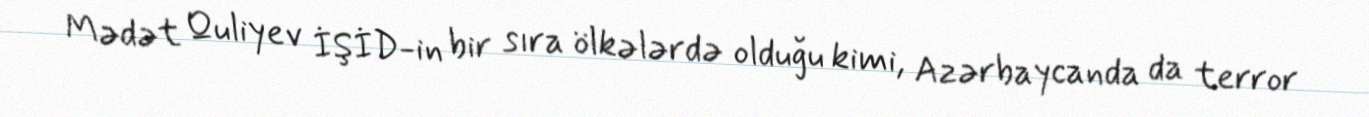
Mədət Quliyev İŞİD-in bir sıra ölkələrdə olduğu kimi, Azərbaycanda da terror